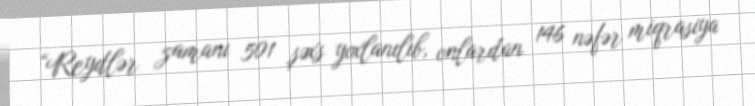
“Reydlər zamanı 501 şəxs yoxlanılıb, onlardan 146 nəfər miqrasiya